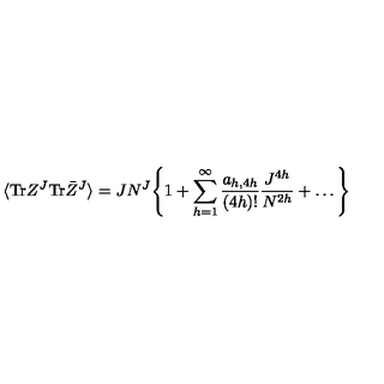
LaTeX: \langle \mathrm { T r } Z ^ { J } \mathrm { T r } \bar { Z } ^ { J } \rangle = J N ^ { J } \Bigg \{ 1 + \sum _ { h = 1 } ^ { \infty } { \frac { a _ { h , 4 h } } { ( 4 h ) ! } } { \frac { J ^ { 4 h } } { N ^ { 2 h } } } + \ldots \Bigg \}